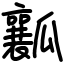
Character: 瓤